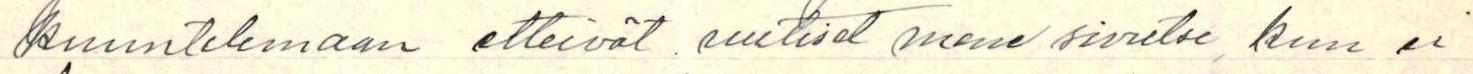
kuuntelemaan etteivät uutiset mene sivutse, kun ei